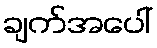
ချက်အပေါ်